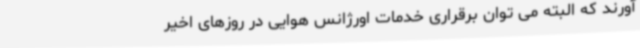
آورند که البته می توان برقراری خدمات اورژانس هوایی در روزهای اخیر